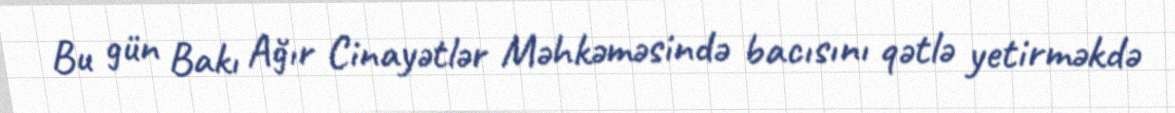
Bu gün Bakı Ağır Cinayətlər Məhkəməsində bacısını qətlə yetirməkdə